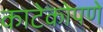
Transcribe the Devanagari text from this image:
काटेकोपणे